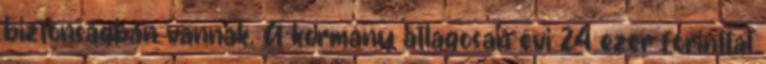
biztonságban vannak. A kormány átlagosan évi 24 ezer forinttal